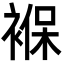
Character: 褓